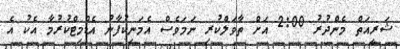
ޝަރީއަތް މެންދުރު 2:00 އަށް ތާވަލްކުރި ނަމަވެސް އެމަނިކުފާނު އެޑްމިޓްކުރުމާ އެކު އެ